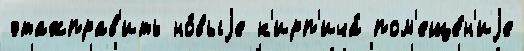
этажправ'ить но́выjе к'ирп'ича́ пом'еще́н'иjе